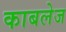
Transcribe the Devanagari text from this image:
काबलेज